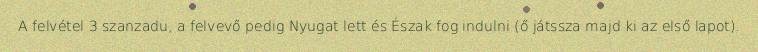
A felvétel 3 szanzadu, a felvevő pedig Nyugat lett és Észak fog indulni (ő játssza majd ki az első lapot).